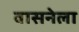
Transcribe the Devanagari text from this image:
वासनेला